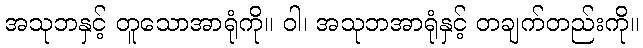
အသုဘနှင့် တူသောအာရုံကို။ ဝါ၊ အသုဘအာရုံနှင့် တချက်တည်းကို။